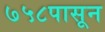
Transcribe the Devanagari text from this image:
७५८पासून